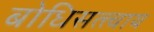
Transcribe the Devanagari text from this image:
बोधिसत्त्वाय